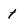
Character: 1